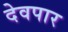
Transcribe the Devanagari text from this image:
देवपार